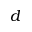
d